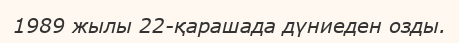
1989 жылы 22-қарашада дүниеден озды.